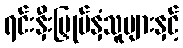
ရင်းနှီးမြှုပ်နှံသူများနှင့်